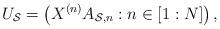
LaTeX: \begin{align*}U_\mathcal{S} = \left(X^{(n)}A_{\mathcal{S},n}:n\in[1:N]\right),\end{align*}